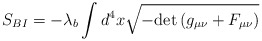
\begin{align*}S_{BI}=-\lambda_b \int{d^4x \sqrt{-{\rm det}\left(g_{\mu \nu}+F_{\mu \nu}\right)}}\end{align*}